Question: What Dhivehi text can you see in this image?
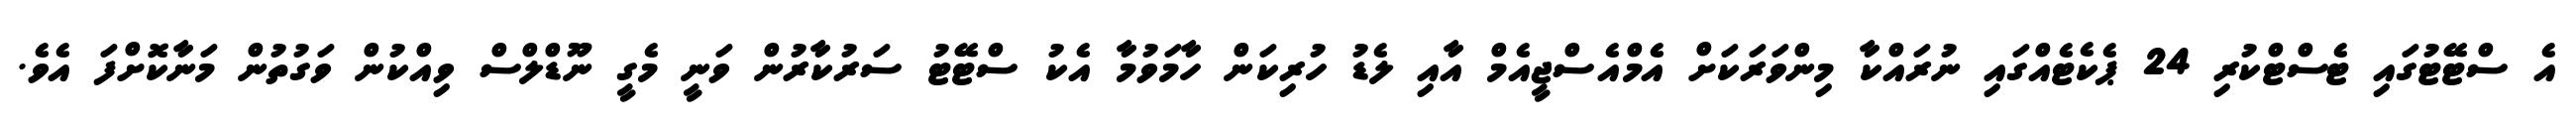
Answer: އެ ސްޓޭޓުގައި ޓެސްޓްކުރި 24 ޕެކެޓެއްގައި ނުރައްކާ މިންވަރަކަށް އެމްއެސްޖީއެމް އާއި ލެޑު ހުރިކަން ހާމަވުމާ އެކު ސްޓޭޓު ސަރުކާރުން ވަނީ މެގީ ނޫޑްލްސް ވިއްކުން ވަގުތުން މަނާކޮށްފަ އެވެ.